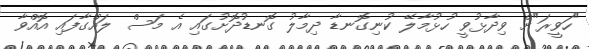
"ހަވީރަ"ށް ވިދާޅުވީ ހުޅުމާލޭ ކުނިގޮނޑާ ދިމާލު ގޮނޑުދޮށުގައި އެ މަސް ލައްގާފައި އޮއްވާ